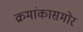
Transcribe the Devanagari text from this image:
क्रमांकासमोर